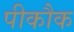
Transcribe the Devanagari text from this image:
पीकौक